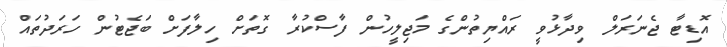
އޮޑިޓާ ޖެނަރަލް ވިދާޅުވީ ރައްޔިތުންގެ މަޖިލީހުން ފާސްކުރާ ގޮތަށް ހިލާފަށް ބަޖެޓުން ހަރަދުތައް